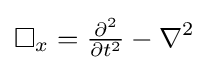
\square _{x}={\tfrac {\partial ^{2}}{\partial t^{2}}}-\nabla ^{2}